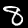
Digit: 8